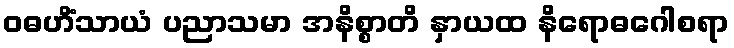
ဝဓဟိံသာယံ ပညာသမာ အနိစ္စာတိ နှာယထ နိရောဓဂေါစရာ